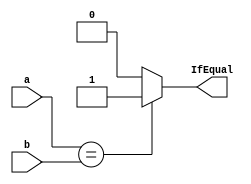
`timescale 1ns / 1ps
//////////////////////////////////////////////////////////////////////////////////
// Company: 
// Engineer: 
// 
// Design Name: 
// Module Name: If_Equal
// Project Name: 
// Target Devices: 
// Tool Versions: 
// Description: 
// 
// Dependencies: 
// 
// Revision:
// Revision 0.01 - File Created
// Additional Comments:
// 
//////////////////////////////////////////////////////////////////////////////////


module If_Equal(input [31:0] a,b,
                output wire IfEqual);
                
                 assign IfEqual = (a == b) ? 1'b1 : 1'b0;
endmodule